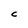
Character: C